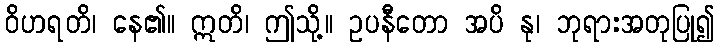
ဝိဟရတိ၊ နေ၏။ ဣတိ၊ ဤသို့။ ဥပနီတော အပိ နု၊ ဘုရားအတုပြု၍